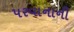
પરવાનાની